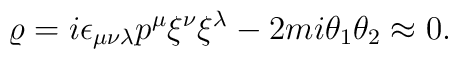
\varrho=i\epsilon_{\mu\nu\lambda}p^\mu\xi^\nu\xi^\lambda-2mi\theta_1\theta_2\approx0.